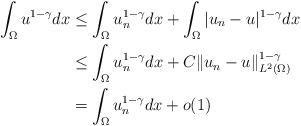
LaTeX: \begin{align*} \int_{\Omega}u^{1-\gamma}dx&\leq\int_{\Omega}u_n^{1-\gamma}dx+\int_{\Omega}|u_n-u|^{1-\gamma}dx\\ &\leq\int_{\Omega}u_n^{1-\gamma}dx+C\|u_n-u\|_{L^2(\Omega)}^{1-\gamma}\\ &=\int_{\Omega}u_n^{1-\gamma}dx +o(1) \end{align*}